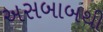
અસબાબથી